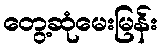
တွေ့ဆုံမေးမြန်း